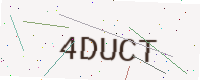
Text: 4DUCT